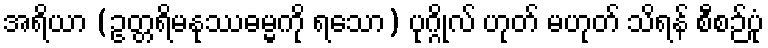
အရိယာ (ဥတ္တရိမနုဿဓမ္မကို ရသော) ပုဂ္ဂိုလ် ဟုတ် မဟုတ် သိရန် စီစဉ်ပုံ